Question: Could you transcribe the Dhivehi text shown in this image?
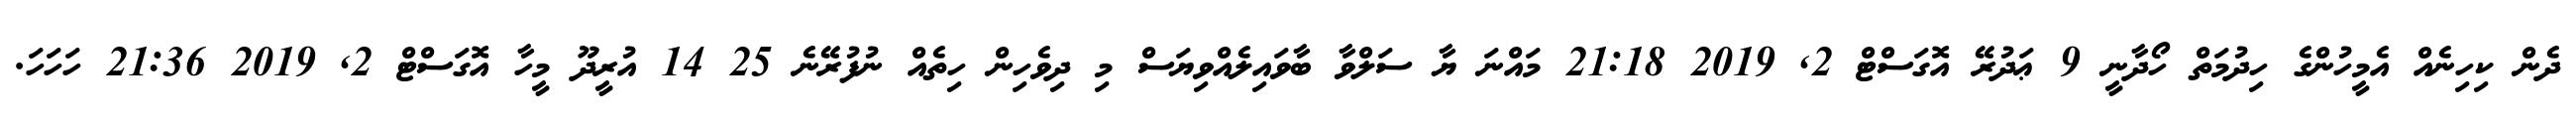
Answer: ދެން ކިހިނެއް އެމީހުންގެ ހިދުމަތް ހޯދާނީ 9 ޢަދުރޭ އޮގަސްޓް 2, 2019 21:18 މައްނަ ޔާ ސަލްވާ ބާވައިލެއްވިޔަސް މި ދިވެހިން ހިތެއް ނުފުރޭނެ 25 14 އުރީދޫ މީހާ އޮގަސްޓް 2, 2019 21:36 ހަހަހަ.